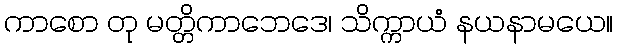
ကာစော တု မတ္တိကာဘေဒေ၊ သိက္ကာယံ နယနာမယေ။